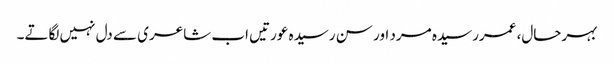
بہرحال، عمررسیدہ مرد اور سن رسیدہ عورتیں اب شاعری سے دل نہیں لگاتے۔